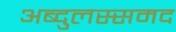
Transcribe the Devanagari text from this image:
अब्दुलस्समद